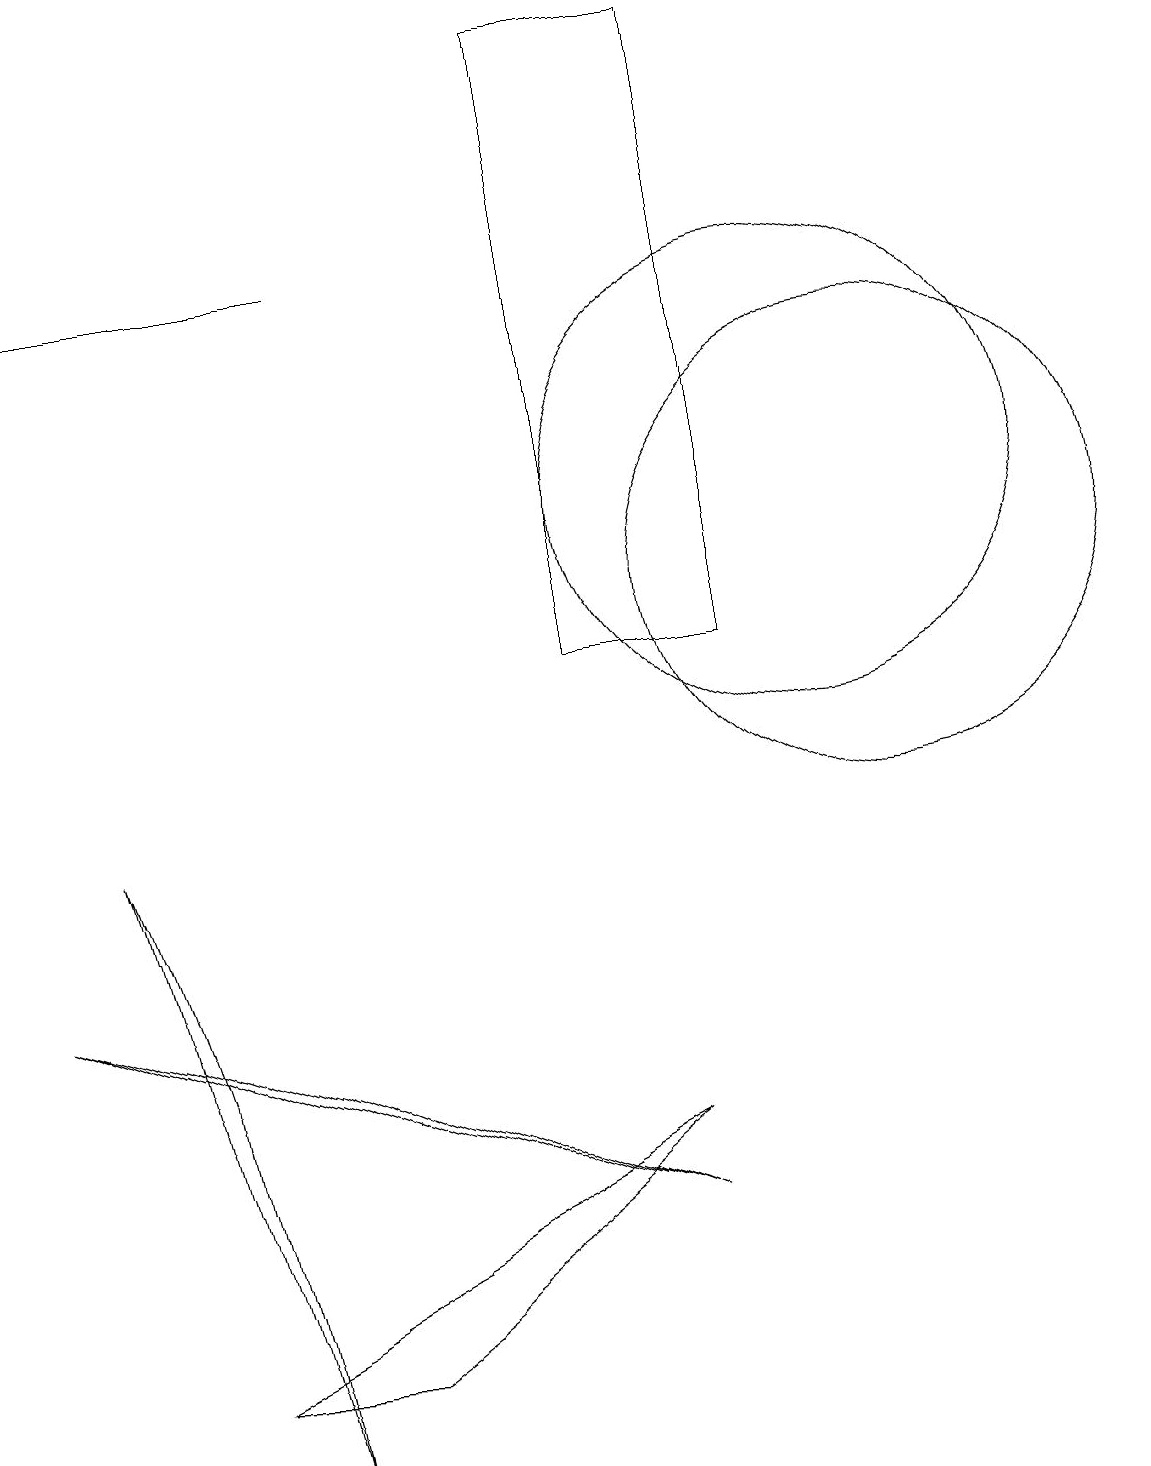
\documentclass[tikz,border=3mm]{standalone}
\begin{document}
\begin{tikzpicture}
\draw (7,18) rectangle (9,10);
\draw (11,11) circle (3);
\draw (4,1) -- (8,4) -- (2,1) -- cycle;
\draw[->] (4,15) -- (0,15);
\draw (10,12) circle (3);
\draw (3,0) -- (2,5) -- (1,8) -- cycle;
\draw (8,3) -- (0,6) -- (3,5) -- cycle;
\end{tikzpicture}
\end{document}